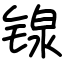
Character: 𬭣